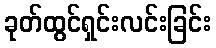
ခုတ်ထွင်ရှင်းလင်းခြင်း